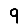
Digit: 9